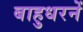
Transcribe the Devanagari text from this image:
बाहुधरनें